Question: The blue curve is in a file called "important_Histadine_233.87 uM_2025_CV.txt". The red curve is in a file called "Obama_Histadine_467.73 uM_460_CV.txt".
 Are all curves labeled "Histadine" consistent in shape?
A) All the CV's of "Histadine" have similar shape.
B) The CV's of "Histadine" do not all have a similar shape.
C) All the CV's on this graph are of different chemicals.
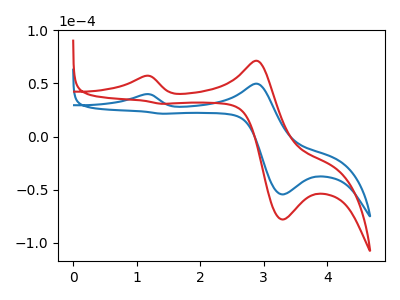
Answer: <think>The blue curve "Histadine_233.87 uM" has anodic peaks at (1.15V, 39.85uA) (2.90V, 49.80uA) and cathodic peaks at (3.30V, -54.50uA) (1.40V, 21.55uA). The red curve "Histadine_467.73 uM" has anodic peaks at (1.15V, 57.10uA) (2.90V, 71.40uA) and cathodic peaks at (3.30V, -78.10uA) (1.40V, 30.90uA).
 All the peaks in "Histadine_233.87 uM" have a peak in "Histadine_467.73 uM" at the same potential.</think>
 <answer>A) All the CV's of "Histadine" have similar shape.</answer>
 <eval>A</eval>